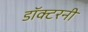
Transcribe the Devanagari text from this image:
डॉक्टरनी